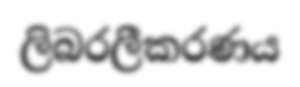
ලිබරලීකරණය